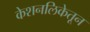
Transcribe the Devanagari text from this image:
केशनलिकेतून